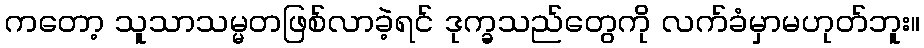
ကတော့ သူသာသမ္မတဖြစ်လာခဲ့ရင် ဒုက္ခသည်တွေကို လက်ခံမှာမဟုတ်ဘူး။